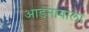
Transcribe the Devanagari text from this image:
आडनावाला